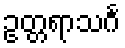
ဥတ္တရာသင်္ဂ